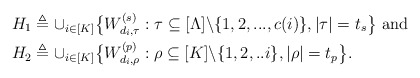
\begin{align*}H_1 &\triangleq \cup_{i \in [K]}\big\{W^{(s)}_{d_i,\tau}: \tau \subseteq [\Lambda] \backslash \{1,2,...,c(i)\}, |\tau|=t_s \big\} \textrm{ and}\\H_2 &\triangleq \cup_{i \in [K]} \big\{W^{(p)}_{d_i,\rho}: \rho \subseteq [K] \backslash \{1,2,..i\}, |\rho|=t_p \big\}.\end{align*}